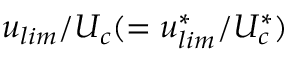
u _ { l i m } / U _ { c } ( = u _ { l i m } ^ { * } / U _ { c } ^ { * } )